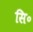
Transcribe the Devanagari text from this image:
सि॰